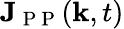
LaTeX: \mathbf{J}_{\mathrm{~P~P~}}(\mathbf{k},t)